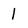
Character: 1